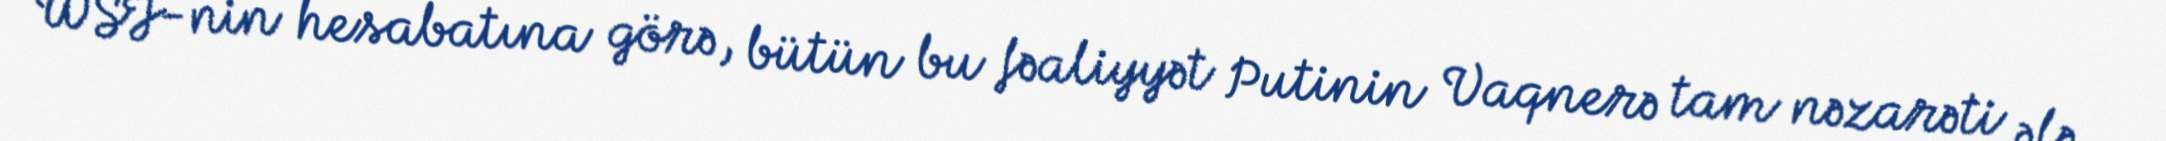
WSJ-nin hesabatına görə, bütün bu fəaliyyət Putinin Vaqnerə tam nəzarəti ələ